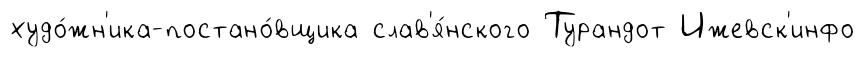
худо́жн'ика-постано́вщика слав'я́нского Турандот Ижевск'инфо